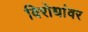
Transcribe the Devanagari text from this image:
विरोधांवर